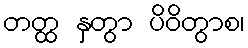
တတ္ထ နှတွာ ပိဝိတွာစ၊